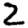
Digit: 2